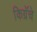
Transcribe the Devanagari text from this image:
किग्रॅचे